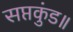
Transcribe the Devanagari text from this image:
सप्तकुंड॥